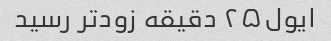
ایول۲۵ دقیقه زودتر رسید